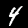
Label: 4